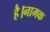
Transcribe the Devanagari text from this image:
है।नामक